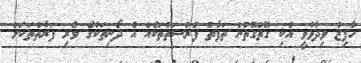
ހާފިޒު ވިދާޅުވީ އެކި ގޮތްގޮތުން ތަފާތު ފުރުސަތުތަކެއް އެ ދޯނިތަކުގެ ވެރި ފަރާތްތަކަށް